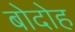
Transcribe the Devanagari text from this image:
बोदोह